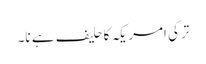
ترکی امریکہ کاحلیف ہے نا۔